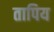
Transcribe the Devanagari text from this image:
तापिय